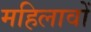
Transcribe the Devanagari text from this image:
महिलावों